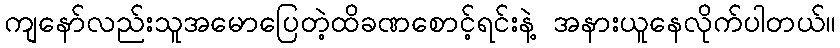
ကျနော်လည်းသူအမောပြေတဲ့ထိခဏစောင့်ရင်းနဲ့ အနားယူနေလိုက်ပါတယ်။